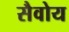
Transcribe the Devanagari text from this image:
सैवोय